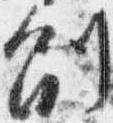
副